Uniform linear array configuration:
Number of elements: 32
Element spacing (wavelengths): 0.5
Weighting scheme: cosine
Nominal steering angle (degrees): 45
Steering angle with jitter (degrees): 45.062
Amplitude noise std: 0.05
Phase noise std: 0.05

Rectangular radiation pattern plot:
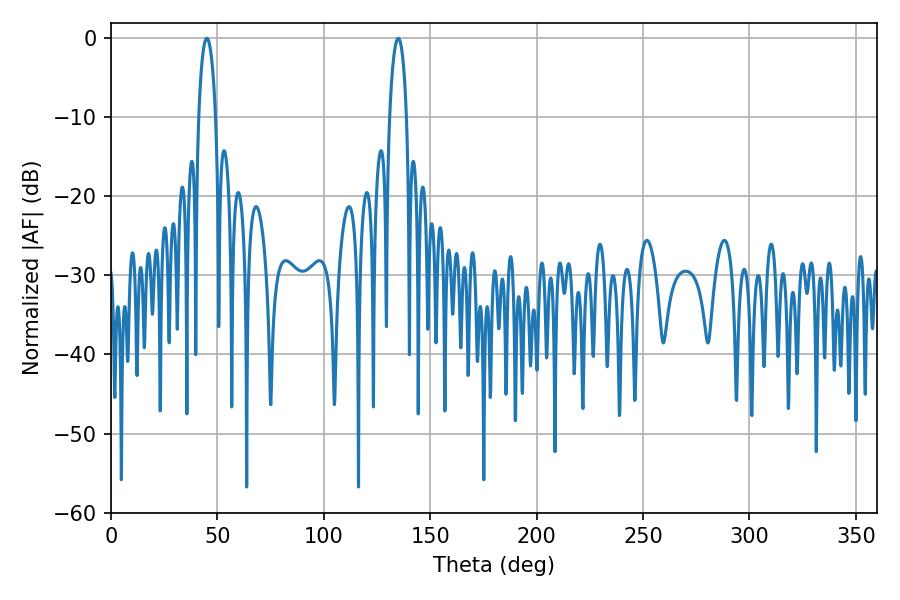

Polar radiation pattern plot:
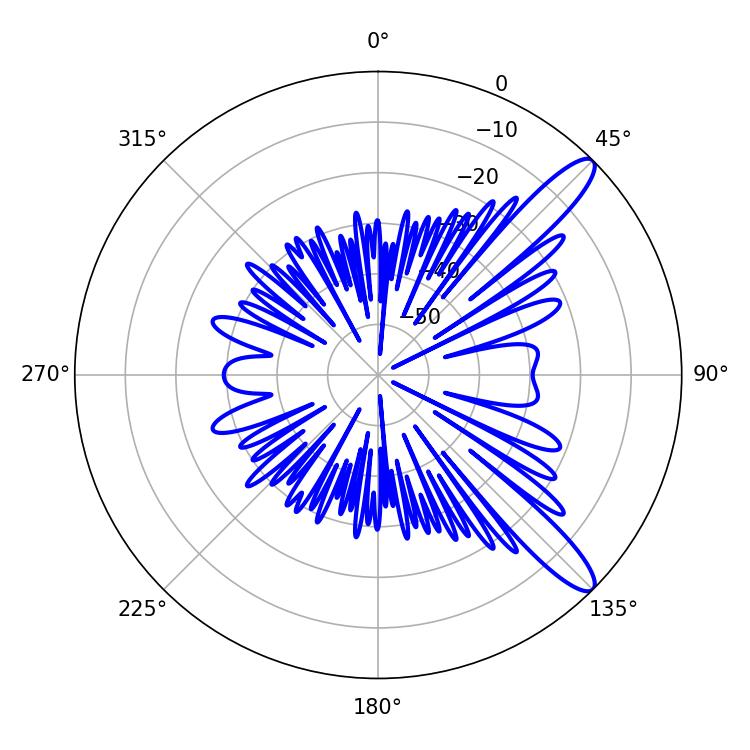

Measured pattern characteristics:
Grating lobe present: FALSE
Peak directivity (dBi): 12.035
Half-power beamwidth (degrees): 4.5
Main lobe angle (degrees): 45